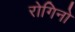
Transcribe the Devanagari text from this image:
रोगिनो